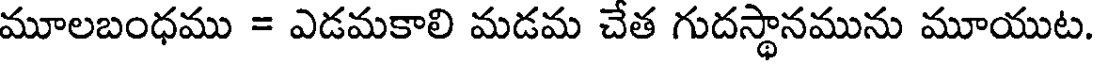
మూలబంధము = ఎడమకాలి మడమ చేత గుదస్థానమును మూయుట